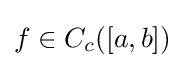
f\in C_{c}([a,b])